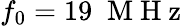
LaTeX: f_{0}=19\; \mathrm{~M~H~z~}